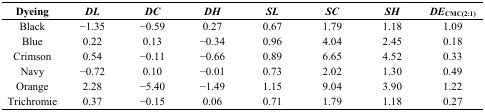
| Dyeing | DL | DC | DH | SL | SC | SH | DECMC(2:1) |
 | --- | --- | --- | --- | --- | --- | --- | --- |
 | Black | −1.35 | −0.59 | 0.27 | 0.67 | 1.79 | 1.18 | 1.09 |
 | Blue | 0.22 | 0.13 | −0.34 | 0.96 | 4.04 | 2.45 | 0.18 |
 | Crimson | 0.54 | −0.11 | −0.66 | 0.89 | 6.65 | 4.52 | 0.33 |
 | Navy | −0.72 | 0.10 | −0.01 | 0.73 | 2.02 | 1.30 | 0.49 |
 | Orange | 2.28 | −5.40 | −1.49 | 1.15 | 9.04 | 3.90 | 1.22 |
 | Trichromie | 0.37 | −0.15 | 0.06 | 0.71 | 1.79 | 1.18 | 0.27 |